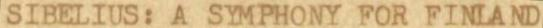
SIBELIUS: A SYMPHONY FOR FINLAND